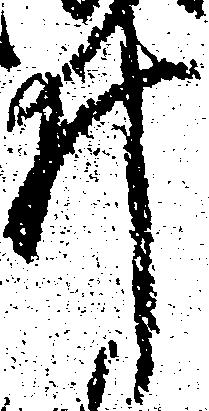
井